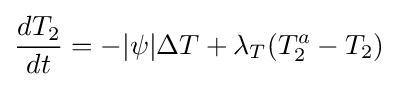
{dT_{2} \over dt}=-|\psi |\Delta T+\lambda _{T}(T_{2}^{a}-T_{2})